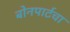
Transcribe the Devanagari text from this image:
बोनपार्टचा